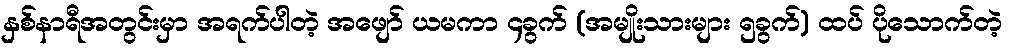
နှစ်နာရီအတွင်းမှာ အရက်ပါတဲ့ အဖျော် ယမကာ ၄ခွက် (အမျိုးသားများ ၅ခွက်) ထပ် ပိုသောက်တဲ့